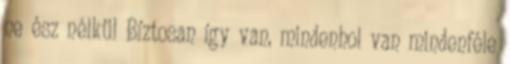
ne ész nélkül Bíztosan így van, mindenhol van mindenféle